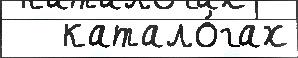
   катало́гах